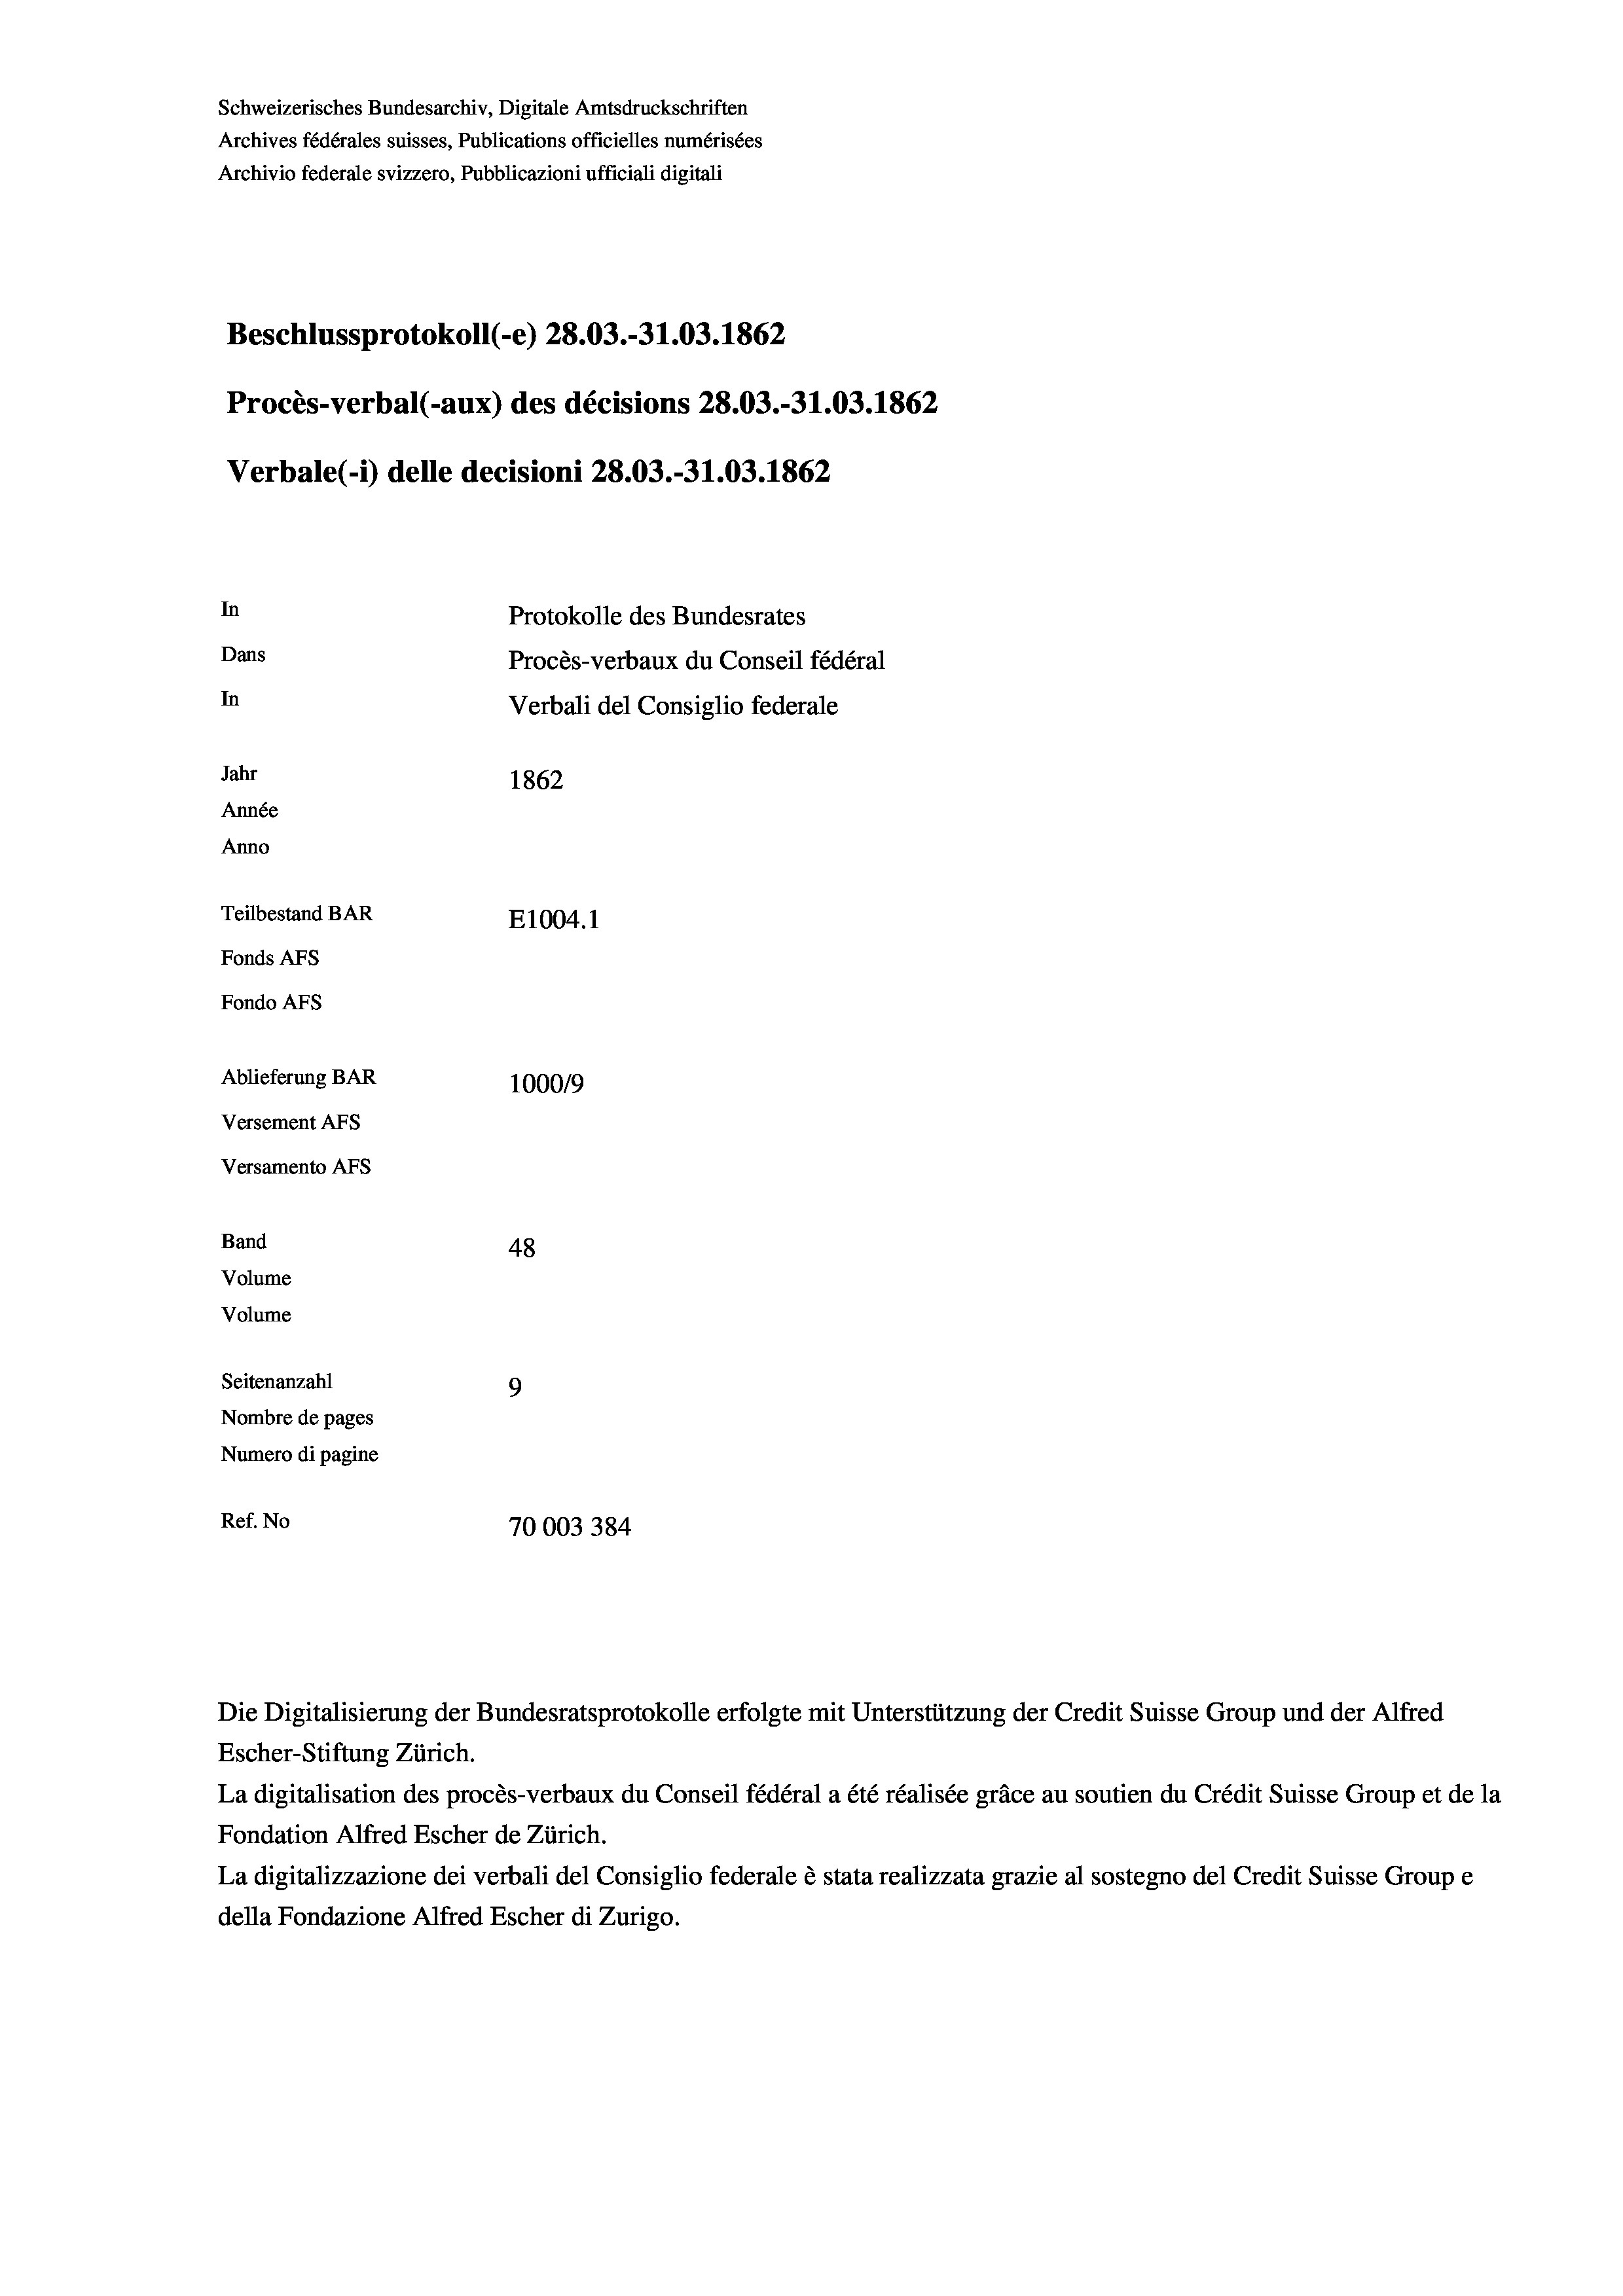
Beschlussprotokoll (-e) 28.03.-31.03. 1862
Procès-verbal (-aux) des décisions 28.03.-31.03. 1862
In
Protokolle des Bundesrates
Dans
Procès-verbaux du Conseil fédéral
In
Verbali del Consiglio federale
Jahr
1862
Année
Anno
Teilbestand BAR
E1004. 1
Fonds AFs
Fondo AFs
Ablieferung BAR
100019
Versement AFs
Versamento Afs

48
Seitenanzahl
9
Nombre de pages
Numero di pagine
Ref. No
70003 384

Band
Volume
Volume

Schweizerisches Bundesarchiv, Digitale Amtsdruckschriften
Archives fédérales suisses, Publications officielles numérisées
Archivio federale svizzero, Pubblicazioni ufficiali digitali

Verbale (1) delle decisioni 28.03.-31.03. 1862

Escher-Stiftung Zürich.
La digitalisation des procès-verbaux du Conseil fédéral a été réalisée gräce au soutien du Crédit Suisse Group et de la
Fondation Alfred Escher de Zürich.
La digitalizzazione dei verbali del Consiglio federale è stata realizzata grazie al sostegno del Credit Suisse Groupe
della Fondazione Alfred Escher di Zurigo.

Die Digitalisierung der Bundesratsprotokolle erfolgte mit Unterstützung der Credit Suisse Group und der Alfred